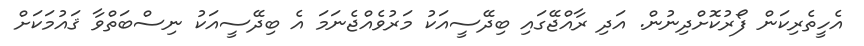
އެހީތެރިކަން ފޯރުކޮށްދިނުން. އަދި ރާއްޖޭގައި ބިދޭސީއަކު މަރުވެއްޖެނަމަ އެ ބިދޭސީއަކު ނިސްބަތްވާ ޤައުމަކަށް